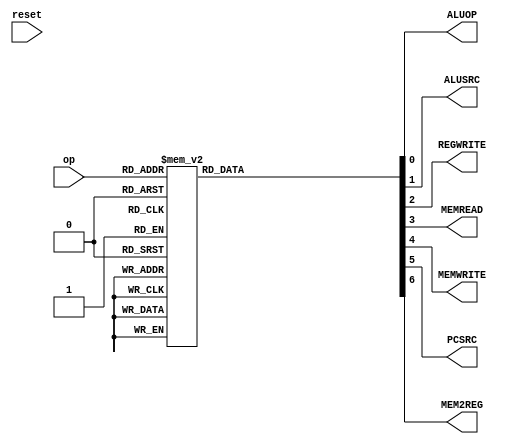
module single_cycle_control_component(op, reset, ALUOP, ALUSRC, REGWRITE, MEMREAD, MEMWRITE, PCSRC, MEM2REG);

input[3:0] op;
input reset;

output reg ALUOP;
output reg ALUSRC;
output reg REGWRITE;
output reg MEMREAD;
output reg MEMWRITE;
output reg PCSRC;
output reg MEM2REG;

always @(*)  
 begin  
     //no more reset  
      case(op)   
      4'b0000: begin // add  
        //1 = add, 0 = sub  
        ALUOP <= 1'b1;
        // 1 = imm, 0 = rs2
        ALUSRC <= 1'b0;
        // 1 = yes, 0 = no
        REGWRITE <= 1'b1;
        // 1 = yes, 0 = no
        MEMREAD <= 1'b0;
        // 1 = yes, 0 = no
        MEMWRITE <= 1'b0;
        // 1 = branch, 0 = normal + 2
        PCSRC <= 1'b0;
        // 1 = yes, 0 = no
        MEM2REG <= 1'b0;
        end  
     4'b0010: begin // sub  
        //1 = add, 0 = sub  
        ALUOP <= 1'b0;
        // 1 = imm, 0 = rs2
        ALUSRC <= 1'b0;
        // 1 = yes, 0 = no
        REGWRITE <= 1'b1;
        // 1 = yes, 0 = no
        MEMREAD <= 1'b0;
        // 1 = yes, 0 = no
        MEMWRITE <= 1'b0;
        // 1 = branch, 0 = normal + 2
        PCSRC <= 1'b0;
        // 1 = yes, 0 = no
        MEM2REG <= 1'b0;
        end 
      4'b0001: begin // grt LOOK HERE
        //1 = add, 0 = sub  
        ALUOP <= 1'b0;
        // 1 = imm, 0 = rs2
        ALUSRC <= 1'b0;
        // 1 = yes, 0 = no
        REGWRITE <= 1'b1;
        // 1 = yes, 0 = no
        MEMREAD <= 1'b0;
        // 1 = yes, 0 = no
        MEMWRITE <= 1'b0;
        // 1 = branch, 0 = normal + 2
        PCSRC <= 1'b0;
        // 1 = yes, 0 = no
        MEM2REG <= 1'b0;
        end   
      4'b0011: begin // eq  LOOK HERE
        //1 = add, 0 = sub  
        ALUOP <= 1'b0;
        // 1 = imm, 0 = rs2
        ALUSRC <= 1'b0;
        // 1 = yes, 0 = no
        REGWRITE <= 1'b1;
        // 1 = yes, 0 = no
        MEMREAD <=1'b0;
        // 1 = yes, 0 = no
        MEMWRITE <=1'b0;
        // 1 = branch, 0 = normal + 2
        PCSRC <= 1'b0;
        // 1 = yes, 0 = no
        MEM2REG <= 1'b0;
        end  
     4'b0110: begin // jal
        //1 = add, 0 = sub  
        ALUOP <= 1'b1;
        // 1 = imm, 0 = rs2
        ALUSRC <= 1'b0;
        // 1 = yes, 0 = no
        REGWRITE <= 1'b1;
        // 1 = yes, 0 = no
        MEMREAD <= 1'b0;
        // 1 = yes, 0 = no
        MEMWRITE <= 1'b0;
        // 1 = branch, 0 = normal + 2
        PCSRC <= 1'b1;
        // 1 = yes, 0 = no
        MEM2REG <= 1'b0;
        end  
      4'b0100: begin // jalr 
        //1 = add, 0 = sub  
        ALUOP <= 1'b1;
        // 1 = imm, 0 = rs2
        ALUSRC <= 1'b1;
        // 1 = yes, 0 = no
        REGWRITE <= 1'b1;
        // 1 = yes, 0 = no
        MEMREAD <= 1'b0;
        // 1 = yes, 0 = no
        MEMWRITE <= 1'b0;
        // 1 = branch, 0 = normal + 2
        PCSRC <= 1'b1;
        // 1 = yes, 0 = no
        MEM2REG <=1'b0;
        end  
      4'b1000: begin // addi  
        //1 = add, 0 = sub  
        ALUOP <= 1'b1;
        // 1 = imm, 0 = rs2
        ALUSRC <= 1'b1;
        // 1 = yes, 0 = no
        REGWRITE <= 1'b1;
        // 1 = yes, 0 = no
        MEMREAD <= 1'b0;
        // 1 = yes, 0 = no
        MEMWRITE <= 1'b0;
        // 1 = branch, 0 = normal + 2
        PCSRC <= 1'b0;
        // 1 = yes, 0 = no
        MEM2REG <= 1'b0;
        end  
      4'b0101: begin // lui  
         //1 = add, 0 = sub  
        ALUOP <= 1'b0;
        // 1 = imm, 0 = rs2
        ALUSRC <= 1'b1;
        // 1 = yes, 0 = no
        REGWRITE <= 1'b1;
        // 1 = yes, 0 = no
        MEMREAD <= 1'b0;
        // 1 = yes, 0 = no
        MEMWRITE <= 1'b0;
        // 1 = branch, 0 = normal + 2
        PCSRC <= 1'b0;
        // 1 = yes, 0 = no
        MEM2REG <= 1'b0;
        end  
     4'b1001: begin // lw  
        //1 = add, 0 = sub  
        ALUOP <= 1'b0;
        // 1 = imm, 0 = rs2
        ALUSRC <= 1'b1;
        // 1 = yes, 0 = no
        REGWRITE <= 1'b1;
        // 1 = yes, 0 = no
        MEMREAD <= 1'b1;
        // 1 = yes, 0 = no
        MEMWRITE <=1'b0;
        // 1 = branch, 0 = normal + 2
        PCSRC <= 1'b0;
        // 1 = yes, 0 = no
        MEM2REG <= 1'b0;
        end  
     4'b1010: begin // sw  
         //1 = add, 0 = sub  
        ALUOP <= 1'b0;
        // 1 = imm, 0 = rs2
        ALUSRC <= 1'b1;
        // 1 = yes, 0 = no
        REGWRITE <= 1'b0;
        // 1 = yes, 0 = no
        MEMREAD <=1'b0;
        // 1 = yes, 0 = no
        MEMWRITE <=1'b1;
        // 1 = branch, 0 = normal + 2
        PCSRC <= 1'b0 ;
        // 1 = yes, 0 = no
        MEM2REG <= 1'b1;
        end  
     4'b1011: begin // bne  
        //1 = add, 0 = sub  
        ALUOP <= 1'b0;
        // 1 = imm, 0 = rs2
        ALUSRC <= 1'b0;
        // 1 = yes, 0 = no
        REGWRITE <= 1'b0;
        // 1 = yes, 0 = no
        MEMREAD <= 1'b0;
        // 1 = yes, 0 = no
        MEMWRITE <= 1'b0;
        // 1 = branch, 0 = normal + 2
        PCSRC <= 1'b1;
        // 1 = yes, 0 = no
        MEM2REG <= 1'b0;
        end  
     4'b1100: begin // wri  
         //1 = add, 0 = sub  
        ALUOP <= 1'b0;
        // 1 = imm, 0 = rs2
        ALUSRC <=  1'b0;
        // 1 = yes, 0 = no
        REGWRITE <= 1'b0;
        // 1 = yes, 0 = no
        MEMREAD <= 1'b0;
        // 1 = yes, 0 = no
        MEMWRITE <= 1'b1;
        // 1 = branch, 0 = normal + 2
        PCSRC <= 1'b0;
        // 1 = yes, 0 = no
        MEM2REG <= 1'b0;
        end    
      default: begin  //rea
        //1 = add, 0 = sub  
        ALUOP <= 1'b0;
        // 1 = imm, 0 = rs2
        ALUSRC <= 1'b0;
        // 1 = yes, 0 = no
        REGWRITE <= 1'b0;
        // 1 = yes, 0 = no
        MEMREAD <= 1'b1;
        // 1 = yes, 0 = no
        MEMWRITE <= 1'b0;
        // 1 = branch, 0 = normal + 2
        PCSRC <= 1'b0;
        // 1 = yes, 0 = no
        MEM2REG <= 1'b0;
        end  
      endcase   
 end   
endmodule